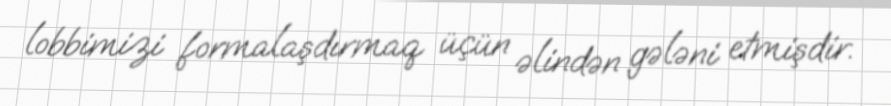
lobbimizi formalaşdırmaq üçün əlindən gələni etmişdir.